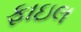
ફાઇલ